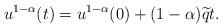
LaTeX: \begin{align*}u^{1-\alpha}(t) = u^{1-\alpha}(0) + (1-\alpha)\widetilde{q} t.\end{align*}